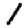
Digit: 1